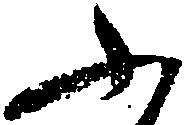
ふ